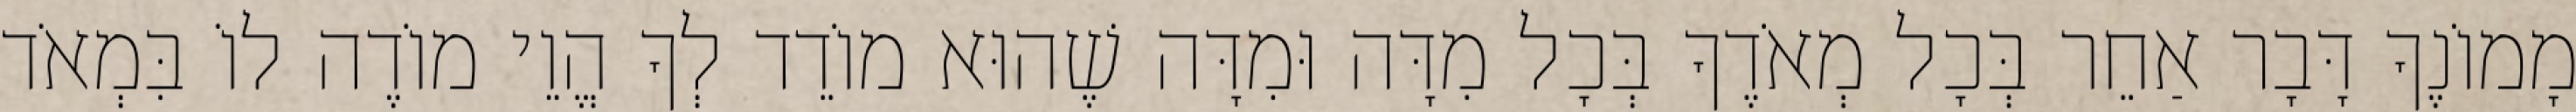
מָמוֹנֶךָ דָּבָר אַחֵר בְּכָל מְאֹדֶךָ בְּכָל מִדָּה וּמִדָּה שֶׁהוּא מוֹדֵד לְךָ הֱוֵי מוֹדֶה לוֹ בִּמְאֹד